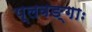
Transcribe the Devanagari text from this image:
प्लवङ्गाः